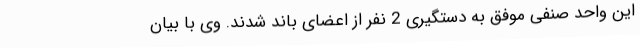
این واحد صنفی موفق به دستگیری 2 نفر از اعضای باند شدند. وی با بیان